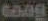
Gang